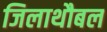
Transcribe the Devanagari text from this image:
जिलाथौबल